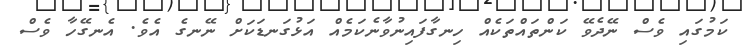
ކަމުގައި ވެސް ނޭދެވޭ ކަންތައްތަކެއް ހިނގާފައިނުވާނެކަމެއް އަޅުގަނޑަކަށް ނޭނގެ އެވެ. އެނގޭހާ ވެސް